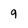
Character: q